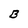
Character: B